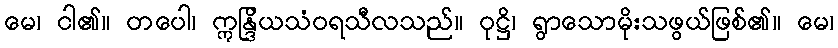
မေ၊ ငါ၏။ တပေါ၊ ဣန္ဒြိယသံဝရသီလသည်။ ဝုဋ္ဌိ၊ ရွာသောမိုးသဖွယ်ဖြစ်၏။ မေ၊